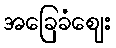
အခြေခံဈေး